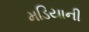
મડિયાની